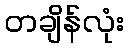
တချိန်လုံး